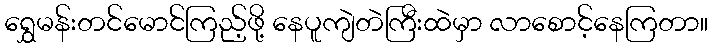
ရွှေမန်းတင်မောင်ကြည့်ဖို့ နေပူကျဲတဲကြီးထဲမှာ လာစောင့်နေကြတာ။